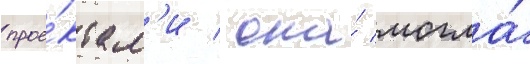
прое́ктам'и / она́ могла́